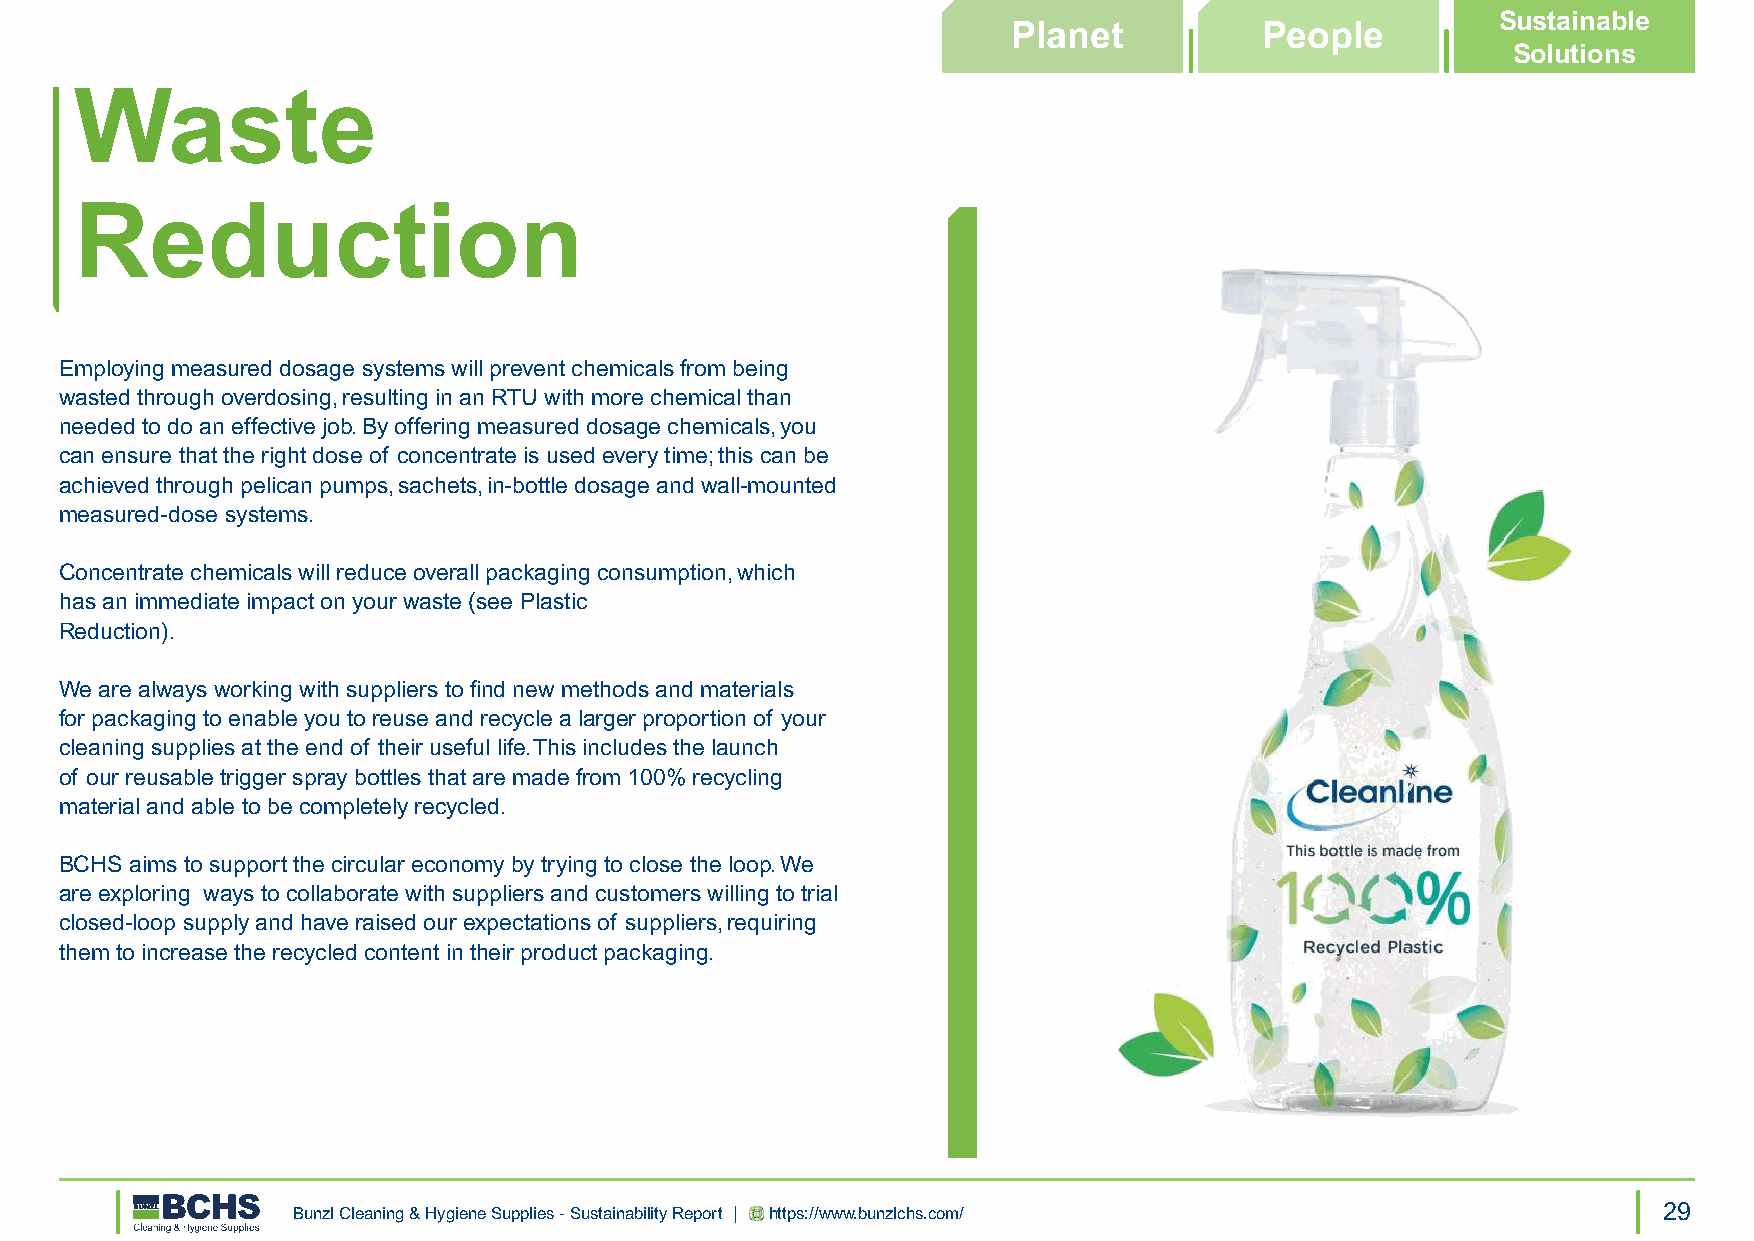
Sustainable
 Planet           People
 Solutions
 Waste
 Reduction
 Employing measured dosage systems will prevent chemicals from being
 wasted through overdosing, resulting in an RTU with more chemical than
 needed to do an effective job. By offering measured dosage chemicals, you
 can ensure that the right dose of concentrate is used every time; this can be
 achieved through pelican pumps, sachets, in-bottle dosage and wall-mounted
 measured-dose systems.
 Concentrate chemicals will reduce overall packaging consumption, which
 has an immediate impact on your waste (see Plastic
 Reduction).
 We are always working with suppliers to find new methods and materials
 for packaging to enable you to reuse and recycle a larger proportion of your
 cleaning supplies at the end of their useful life. This includes the launch
 of our reusable trigger spray bottles that are made from 100% recycling
 material and able to be completely recycled.
 BCHS aims to support the circular economy by trying to close the loop. We
 are exploring ways to collaborate with suppliers and customers willing to trial
 closed-loop supply and have raised our expectations of suppliers, requiring
 them to increase the recycled content in their product packaging.
 Bunzl Cleaning & Hygiene Supplies - Sustainability Report | https://www.bunzlchs.com/      29